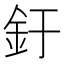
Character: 釪